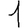
Digit: 1